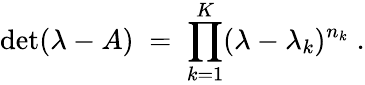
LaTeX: \operatorname*{det}(\lambda-A)\; =\; \prod_{k=1}^{K}(\lambda-\lambda_{k})^{n_{k}}\; .